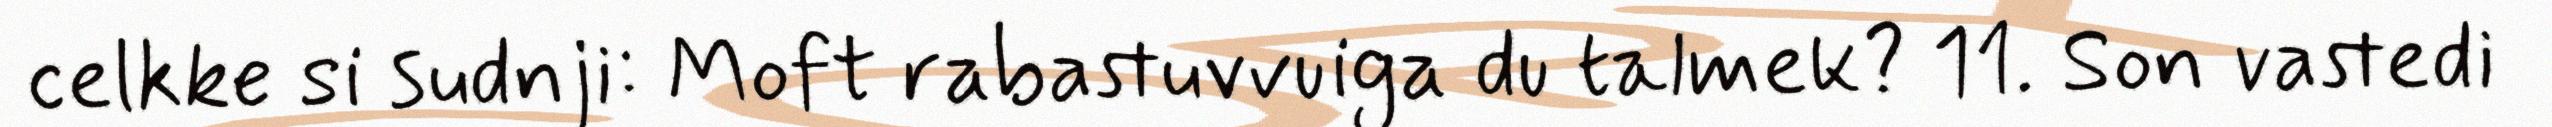
celkke si sudnji: Moft rabastuvvuiga du talmek? 11. Son vastedi